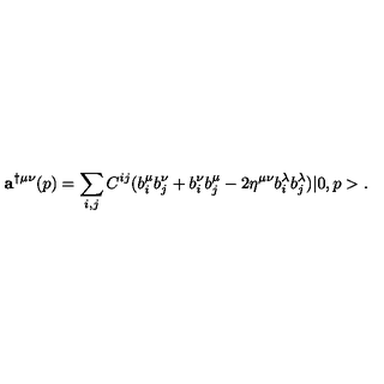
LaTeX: { \bf a } ^ { \dag \mu \nu } ( p ) = \sum _ { i , j } C ^ { i j } ( b _ { i } ^ { \mu } b _ { j } ^ { \nu } + b _ { i } ^ { \nu } b _ { j } ^ { \mu } - 2 \eta ^ { \mu \nu } b _ { i } ^ { \lambda } b _ { j } ^ { \lambda } ) | 0 , p > .